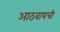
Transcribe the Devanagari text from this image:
आठवायची